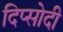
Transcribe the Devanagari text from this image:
दिप्सोदी